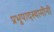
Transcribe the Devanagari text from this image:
प्रभुपादस्वामींनी